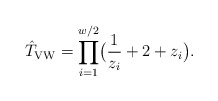
\begin{align*}\hat T_{\rm VW}=\prod_{i=1}^{w/2} \bigl( \frac{1}{z_i} +2 +z_i\bigr).\end{align*}